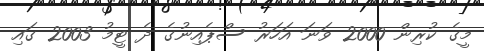
މީގެ ކުރިން 2000 ވަނަ އަހަރު ސްޕެއިނުގެ ދެ ޓީމު 2003 ގައި